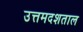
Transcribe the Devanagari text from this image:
उत्तमदशताल